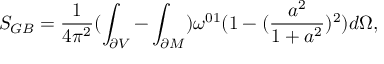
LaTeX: S _ { G B } = \frac { 1 } { 4 \pi ^ { 2 } } ( \int _ { \partial V } - \int _ { \partial M } ) \omega ^ { 0 1 } ( 1 - ( \frac { a ^ { 2 } } { 1 + a ^ { 2 } } ) ^ { 2 } ) d \Omega ,